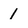
Character: 1